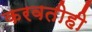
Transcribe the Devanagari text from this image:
करवतीही